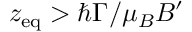
z _ { \mathrm { e q } } > \hbar \Gamma / \mu _ { B } B ^ { \prime }